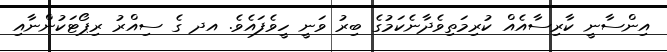
އިންސާނީ ކާރިސާއެއް ކުރިމަތިވެދާނެކަމުގެ ބިރު ވަނީ ހީވެފައެވެ. އދ ގެ ސިއްރު ރިޕޯޓަކުންނާއި